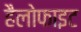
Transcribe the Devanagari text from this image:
हैलोफाइट